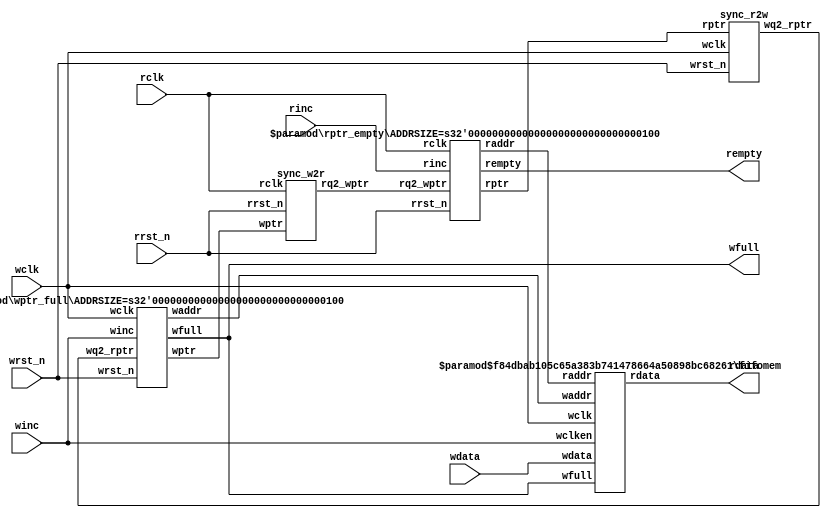
module fifo #(
    parameter DSIZE = 32,
    parameter ASIZE = 4
) (
    output [DSIZE-1:0] rdata,
    output             wfull,
    output             rempty,
    input  [DSIZE-1:0] wdata,
    input              winc, wclk, wrst_n,
    input              rinc, rclk, rrst_n
);

wire   [ASIZE-1:0] waddr, raddr;
wire   [ASIZE:0]   wptr, rptr, wq2_rptr, rq2_wptr;

sync_r2w sync_r2w ( .wq2_rptr(wq2_rptr), .rptr(rptr),
    .wclk(wclk), .wrst_n(wrst_n) );

sync_w2r sync_w2r ( .rq2_wptr(rq2_wptr), .wptr(wptr),
    .rclk(rclk), .rrst_n(rrst_n) );

fifomem #(DSIZE, ASIZE) fifomem (
    .rdata(rdata), .wdata(wdata), .waddr(waddr), 
    .raddr(raddr), .wclken(winc), .wfull(wfull),
    .wclk(wclk) );

rptr_empty #(ASIZE) rptr_empty (
    .rempty(rempty), .raddr(raddr), .rptr(rptr), 
    .rq2_wptr(rq2_wptr), .rinc(rinc), .rclk(rclk), 
    .rrst_n(rrst_n) );

wptr_full #(ASIZE) wptr_full (
    .wfull(wfull), .waddr(waddr), .wptr(wptr), 
    .wq2_rptr(wq2_rptr), .winc(winc),  .wclk(wclk),
    .wrst_n(wrst_n) );

endmodule
////////////////////////////////////////////////////////////////////////////////
// FIFO memory buffer
////////////////////////////////////////////////////////////////////////////////
module fifomem #(
    parameter  DATASIZE = 32,
    parameter  ADDRSIZE = 4
) (
    output [DATASIZE-1:0] rdata,
    input  [DATASIZE-1:0] wdata,
    input  [ADDRSIZE-1:0] waddr, raddr,
    input                 wclken, wfull, wclk
);
`ifdef VENDORRAM
    // instantiation of a vendor's dual-port RAM
    vendor_ram mem (.dout(rdata), .din(wdata),
        .waddr(waddr), .raddr(raddr),
        .wclken(wclken), .wclken_n(wfull), .clk(wclk)
    );
`else
    // RTL Verilog memory model
    localparam DEPTH = 1<<ADDRSIZE;
    reg [DATASIZE-1:0] mem [0:DEPTH-1];

    assign rdata = mem[raddr];

    always @(posedge wclk) begin
        if (wclken && !wfull) begin
            mem[waddr] <= wdata;
        end
    end
`endif
endmodule
////////////////////////////////////////////////////////////////////////////////
// Read-domain to write-domain synchronizer
////////////////////////////////////////////////////////////////////////////////
module sync_r2w #( parameter ADDRSIZE = 4 ) (
    output reg [ADDRSIZE:0] wq2_rptr,
    input      [ADDRSIZE:0] rptr,
    input                   wclk, wrst_n
);

reg [ADDRSIZE:0] wq1_rptr;

always @(posedge wclk or negedge wrst_n) begin
    if (!wrst_n) begin
        {wq2_rptr,wq1_rptr} <= 0;
    end else begin
        {wq2_rptr,wq1_rptr} <= {wq1_rptr,rptr};
    end
end

endmodule
////////////////////////////////////////////////////////////////////////////////
// Write-domain to read-domain synchronizer
////////////////////////////////////////////////////////////////////////////////
module sync_w2r #( parameter ADDRSIZE = 4 ) (
    output reg [ADDRSIZE:0] rq2_wptr,
    input      [ADDRSIZE:0] wptr,
    input                   rclk, rrst_n
);

reg [ADDRSIZE:0] rq1_wptr;

always @(posedge rclk or negedge rrst_n) begin
    if (!rrst_n) begin
        {rq2_wptr,rq1_wptr} <= 0;
    end else begin
        {rq2_wptr,rq1_wptr} <= {rq1_wptr,wptr};
    end
end

endmodule
////////////////////////////////////////////////////////////////////////////////
// Read pointer & empty generation logic
////////////////////////////////////////////////////////////////////////////////
module rptr_empty #( parameter ADDRSIZE = 4 ) (
    output reg                rempty,
    output     [ADDRSIZE-1:0] raddr,
    output reg [ADDRSIZE  :0] rptr,
    input      [ADDRSIZE  :0] rq2_wptr,
    input                     rinc, rclk, rrst_n
);

reg  [ADDRSIZE:0] rbin;
wire [ADDRSIZE:0] rgraynext, rbinnext;
//-------------------
// GRAYSTYLE2 pointer
//-------------------
always @(posedge rclk or negedge rrst_n) begin
    if (!rrst_n) begin
        {rbin, rptr} <= 0;
    end else begin
        {rbin, rptr} <= {rbinnext, rgraynext};
    end
end
// Memory read-address pointer (okay to use binary to address memory)
assign raddr     = rbin[ADDRSIZE-1:0];
assign rbinnext  = rbin + (rinc & ~rempty);
assign rgraynext = (rbinnext>>1) ^ rbinnext;
//---------------------------------------------------------------
// FIFO empty when the next rptr == synchronized wptr or on reset
//---------------------------------------------------------------
assign rempty_val = (rgraynext == rq2_wptr);

always @(posedge rclk or negedge rrst_n) begin
    if (!rrst_n) begin
        rempty <= 1'b1;
    end else begin        
        rempty <= rempty_val;
    end
end

endmodule
////////////////////////////////////////////////////////////////////////////////
// Write pointer & full generation logic
////////////////////////////////////////////////////////////////////////////////
module wptr_full  #( parameter ADDRSIZE = 4 ) (
    output reg                wfull,
    output     [ADDRSIZE-1:0] waddr,
    output reg [ADDRSIZE  :0] wptr,
    input      [ADDRSIZE  :0] wq2_rptr,
    input                     winc, wclk, wrst_n
);

reg  [ADDRSIZE:0] wbin;
wire [ADDRSIZE:0] wgraynext, wbinnext;
// GRAYSTYLE2 pointer
always @(posedge wclk or negedge wrst_n) begin
    if (!wrst_n) begin
        {wbin, wptr} <= 0;
    end else begin
        {wbin, wptr} <= {wbinnext, wgraynext};
    end
end
// Memory write-address pointer (okay to use binary to address memory)
assign waddr = wbin[ADDRSIZE-1:0];
assign wbinnext  = wbin + (winc & ~wfull);
assign wgraynext = (wbinnext>>1) ^ wbinnext;
//------------------------------------------------------------------
// Simplified version of the three necessary full-tests:
// assign wfull_val=((wgnext[ADDRSIZE]    !=wq2_rptr[ADDRSIZE]  ) &&
//                   (wgnext[ADDRSIZE-1]  !=wq2_rptr[ADDRSIZE-1]) &&
//                   (wgnext[ADDRSIZE-2:0]==wq2_rptr[ADDRSIZE-2:0]));
//------------------------------------------------------------------
assign wfull_val = (wgraynext=={~wq2_rptr[ADDRSIZE:ADDRSIZE-1], wq2_rptr[ADDRSIZE-2:0]});

always @(posedge wclk or negedge wrst_n) begin
    if (!wrst_n) begin 
        wfull  <= 1'b0;
    end else begin
        wfull  <= wfull_val;
    end
end

endmodule